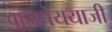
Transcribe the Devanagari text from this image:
वाजपेययाजी